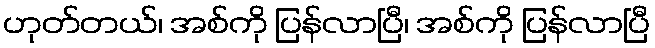
ဟုတ်တယ်၊ အစ်ကို ပြန်လာပြီ၊ အစ်ကို ပြန်လာပြီ